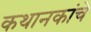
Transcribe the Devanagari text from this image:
कथानकांचे